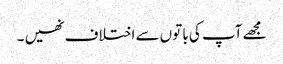
مجھے آپ کی با توں سے اختلاف نھیں ۔